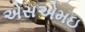
એસએમઇ